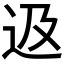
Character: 﨤